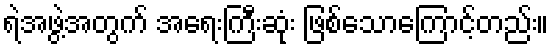
ရဲအဖွဲ့အတွက် အရေးကြီးဆုံး ဖြစ်သောကြောင့်တည်း။